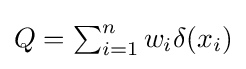
Q=\textstyle \sum _{i=1}^{n}w_{i}\delta (x_{i})